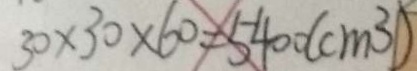
3 0 \times 3 0 \times 6 0 = 5 4 0 0 ( c m ^ { 3 } )